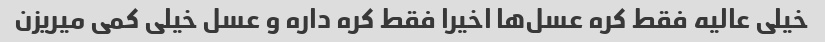
خیلی عالیه فقط کره عسل‌ها اخیرا فقط کره داره و عسل خیلی کمی میریزن